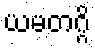
ယမတဂ္ဂိ